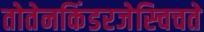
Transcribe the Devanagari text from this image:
तोतेनकिंडरजेस्चिचते